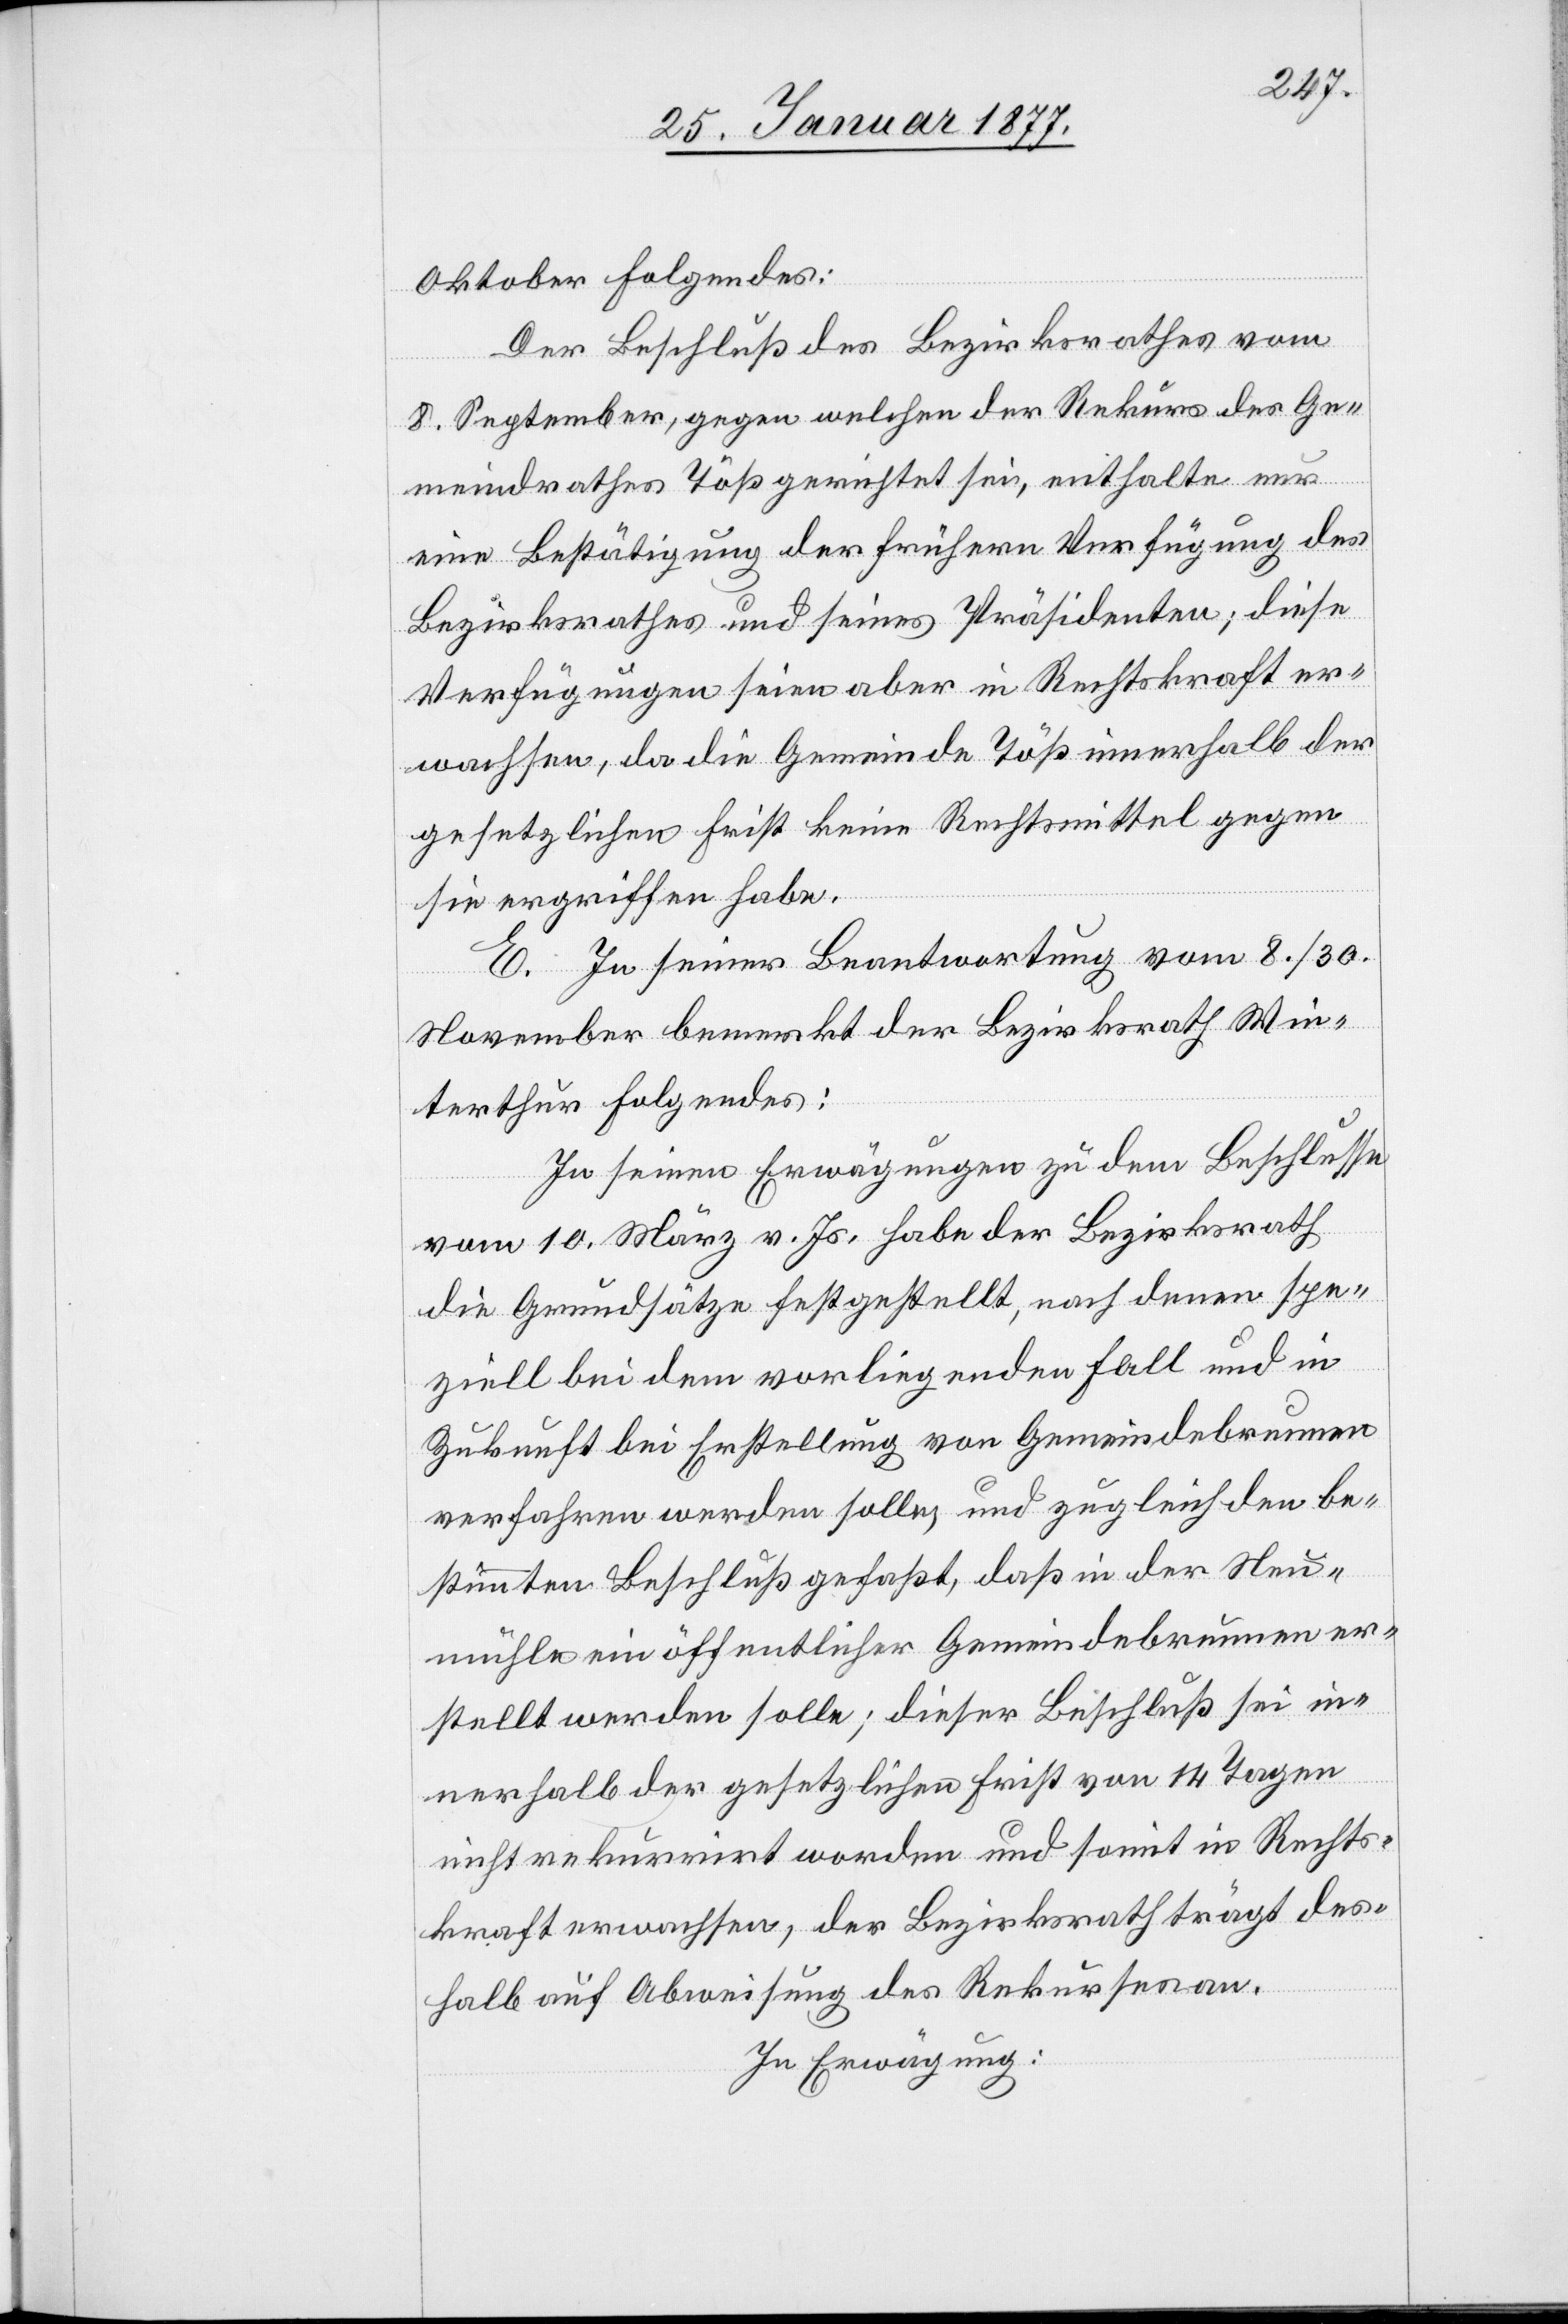
Oktober Folgendes:
Der Beschluß des Bezirksrathes vom
8. September, gegen welchen der Rekurs des Ge¬
meindrathes Töß gerichtet sei, enthalte nur
eine Bestätigung der frühern Verfügung des
Bezirksrathes und seines Präsidenten; diese
Verfügungen seien aber in Rechtskraft er¬
wachsen, da die Gemeinde Töß innerhalb der
gesetzlichen Frist keine Rechtsmittel gegen
sie ergriffen habe.
E. In seiner Beantwortung vom 8./30.
November bemerkt der Bezirksrath Win¬
terthur Folgendes:
In seinen Erwägungen zu dem Beschlusse
vom 10. März v. Js. habe der Bezirksrath
die Grundsätze festgestellt, nach denen spe¬
ziell bei dem vorliegenden Fall und in
Zukunft bei Erstellung von Gemeindebrunnen
verfahren werden solle, und zugleich den be¬
stimmten Beschluß gefaßt, daß in der Neu¬
mühle ein öffentlicher Gemeindebrunnen er¬
stellt werden solle; dieser Beschluß sei in¬
nerhalb der gesetzlichen Frist von 14 Tagen
nicht rekurrirt worden und somit in Rechts¬
kraft erwachsen, der Bezirksrath trägt des¬
halb auf Abweisung des Rekurses an.
In Erwägung: